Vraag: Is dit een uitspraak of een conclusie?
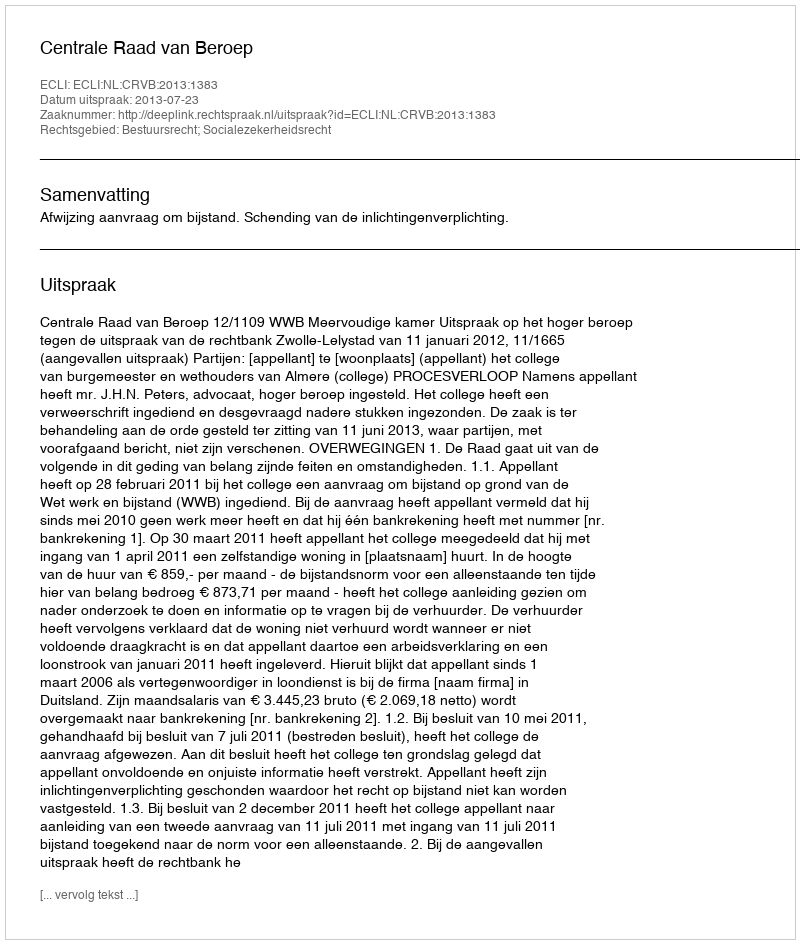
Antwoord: Uitspraak